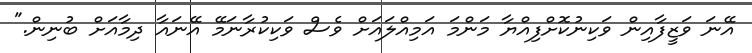
އޭނަ ވަޒީފާއިން ވަކިނުކޮށްފިއްޔާ މަންމަ އަމިއްލައަށް ވެސް ވަކިކުރާނަމޭ އޭނައާ ދިމާއަށް ބުނިން."